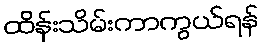
ထိန်းသိမ်းကာကွယ်ရန်